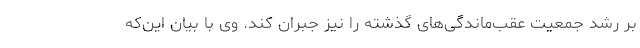
بر رشد جمعیت عقب‌ماندگی‌های گذشته را نیز جبران کند. وی با بیان این‌که